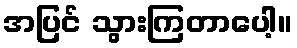
အပြင် သွားကြတာပေါ့။